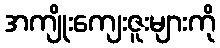
အကျိုးကျေးဇူးများကို